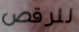
للرقص